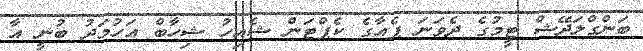
ބަންގްލަދޭޝް ޓީމުގެ ދެވަނަ ޕެއާގެ ކެޕްޓަން ޝެއިހު ޝިހާބް އަހުމަދު ބުނީ އާ